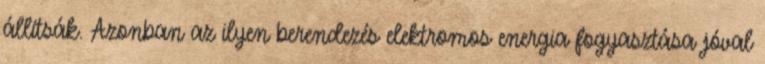
állítsák. Azonban az ilyen berendezés elektromos energia fogyasztása jóval